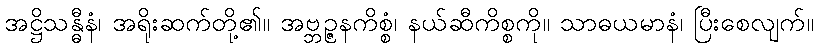
အဋ္ဌိသန္ဓီနံ၊ အရိုးဆက်တို့၏။ အဗ္ဘဉ္ဇနကိစ္စံ၊ နယ်ဆီကိစ္စကို။ သာဓယမာနံ၊ ပြီးစေလျက်။